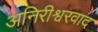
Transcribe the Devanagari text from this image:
अनिरीश्वरवाद